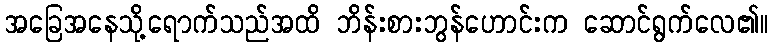
အခြေအနေသို့ရောက်သည်အထိ ဘိန်းစားဘွန်ဟောင်းက ဆောင်ရွက်လေ၏။